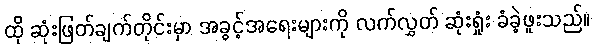
ထို ဆုံးဖြတ်ချက်တိုင်းမှာ အခွင့်အရေးများကို လက်လွှတ် ဆုံးရှုံး ခံခဲ့ဖူးသည်။